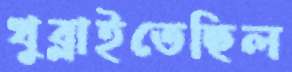
খুব্‌লাইতেছিল